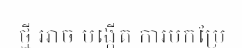
ថ្មី អាច បង្កើត ការបកប្រែ